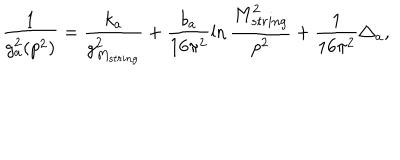
\frac { 1 } { g _ { a } ^ { 2 } ( p ^ { 2 } ) } = \frac { k _ { a } } { g _ { M _ { s t r i n g } } ^ { 2 } } + \frac { b _ { a } } { 1 6 \pi ^ { 2 } } \ln \frac { M _ { s t r i n g } ^ { 2 } } { p ^ { 2 } } + \frac { 1 } { 1 6 \pi ^ { 2 } } \triangle _ { a } ,